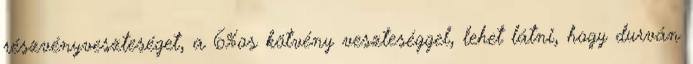
részvényveszteséget, a 6%os kötvény veszteséggel, lehet látni, hogy durván